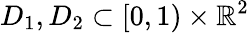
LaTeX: D_{1},D_{2}\subset[0,1)\times\mathbb{R}^{2}